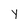
Character: y